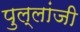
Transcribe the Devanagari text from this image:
पुल्लांजी